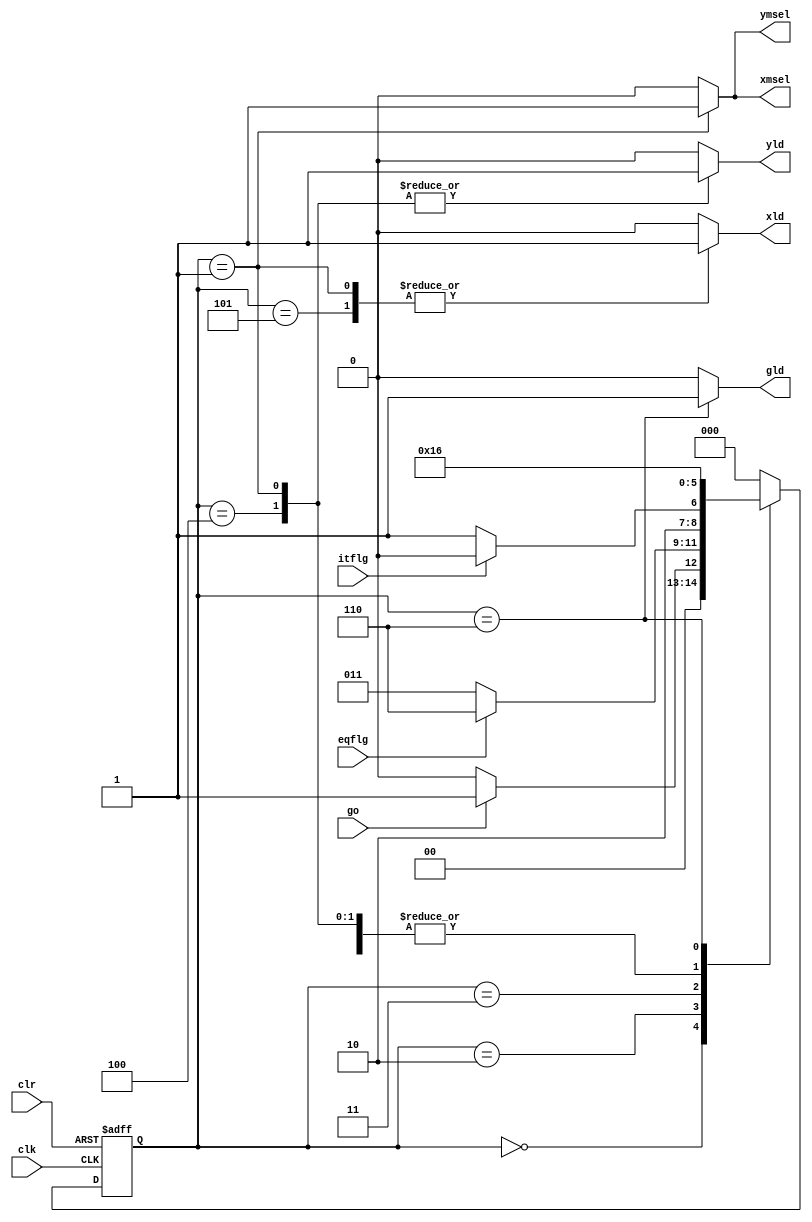
`timescale 1ns / 1ps

module gcd_control(   input wire clk ,   
                      input wire clr ,   
                      input wire go ,  
                      input wire eqflg,   
                      input wire itflg,  
                      output reg  xmsel = 0,  
                      output reg  ymsel = 0,   
                      output reg  xld = 0,  
                      output reg  yld = 0,  
                      output reg  gld = 0 );

  reg [2:0] present_state = 0 , next_state;
 
//states  
parameter start=3'b000, input1=3'b001, test1=3'b010,          
          test2=3'b011, update1=3'b100, update2=3'b101,          
          done=3'b110;              

  //state registers
always @(posedge clk or posedge clr)
    begin 
      if(clr == 1)    
         present_state <= start ; 
      else    
         present_state <= next_state; 
    end
 
 //C1 Module
 
always @(*)  begin   
              case(present_state)  
              start: if(go == 1)             
                        next_state = input1;         
                    else            
                        next_state = start;             
             input1: next_state = test1; 
             test1: if(eqflg == 1)             
                        next_state = done;        
                    else              
                       next_state = test2; 
            test2: if(itflg == 1)             
                       next_state = update1;        
                  else
                       next_state = update2; 
           update1:    next_state = test1; 
           update2:    next_state = test1; 
           done:       next_state = done; 
          default      next_state = start; 
          endcase 
          end
 
 //C2 Module 
  always @(*) 
     begin   
        xld = 0; 
        yld = 0; 
        gld = 0;  
        xmsel = 0; 
        ymsel = 0;   
    case(present_state)   
       input1:    begin   
                      xld =1 ; 
                     yld = 1;   
                     xmsel = 1; 
                     ymsel = 1;   
                  end   
      update1: yld=1;  
      update2: xld=1;   
      done: gld=1;   
      default;   
    endcase   
     end      
endmodule